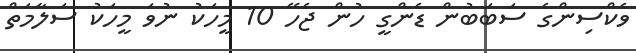
ވެކްސިންގެ ސަބަބުން ޑެންގީ ހުން ޖެހޭ 10 މީހަކު ނުވަ މީހަކު ސަލާމަތް